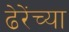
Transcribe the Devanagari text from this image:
ढेरेंच्या